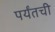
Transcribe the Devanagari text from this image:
पर्यँतची